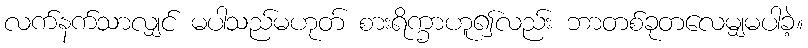
လက်နက်သာလျှင် မပါသည်မဟုတ် စားရိက္ခာဟူ၍လည်း ဘာတစ်ခုတလေမျှမပါခဲ့။